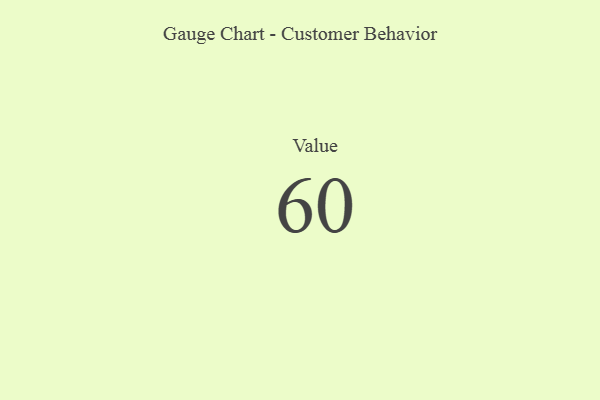
{"axis": {"x": "Metric", "y": "Value"}, "legend": [""], "data": [{"x": "Value", "y": 60, "type": ""}]}